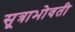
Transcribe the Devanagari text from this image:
सूत्राभोवती